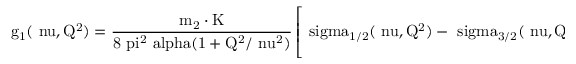
\mathrm { g _ { 1 } ( \ n u , Q ^ { 2 } ) = \frac { m _ { 2 } \cdot K } { 8 \ p i ^ { 2 } \ a l p h a ( 1 + Q ^ { 2 } / \ n u ^ { 2 } ) } \left[ \ s i g m a _ { 1 / 2 } ( \ n u , Q ^ { 2 } ) - \ s i g m a _ { 3 / 2 } ( \ n u , Q ^ { 2 } ) + \frac { 2 \sqrt { Q ^ { 2 } } } { \ n u } \ s i g m a _ { T L } ( \ n u , Q ^ { 2 } ) \right] }